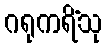
ဂရုကရိံသု